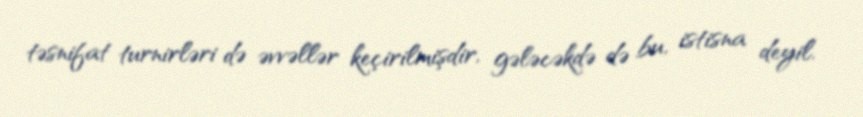
təsnifat turnirləri də əvvəllər keçirilmişdir, gələcəkdə də bu, istisna deyil.